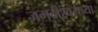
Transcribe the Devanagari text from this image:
जगदीश्‍वराच्या